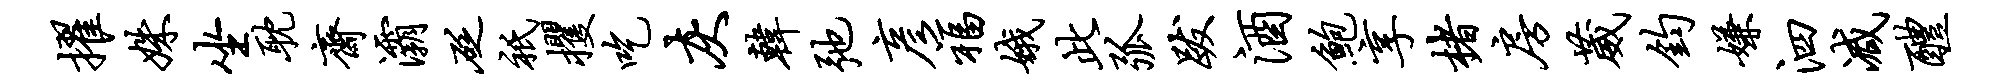
擢姝坐耽斋灞砭只攫吃灰韩弛彦福娥此弧跋酒鲍享楮房葳钧嫌泗减醴